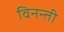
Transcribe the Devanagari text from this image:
विनन्ती